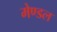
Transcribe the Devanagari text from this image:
मेण्डल